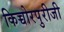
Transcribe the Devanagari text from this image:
किच्चोरपुरीजी